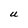
Character: U